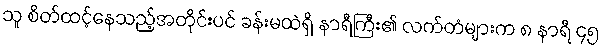
သူ စိတ်ထင့်နေသည့်အတိုင်းပင် ခန်းမထဲရှိ နာရီကြီး၏ လက်တံများက ၈ နာရီ ၄၅